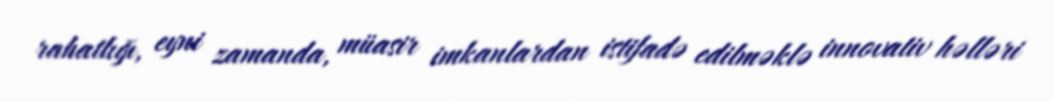
rahatlığı, eyni zamanda, müasir imkanlardan istifadə edilməklə innovativ həlləri